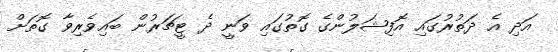
އަދި އެ ދަތުރުގައި އޮފިޝަލުންގެ ގޮތުގައި ވަނީ ދެ ޓީޗަރުން ބައިވެރިވާ ގޮތަށް